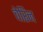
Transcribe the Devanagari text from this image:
चेरिन